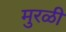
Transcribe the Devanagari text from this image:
मुरळी